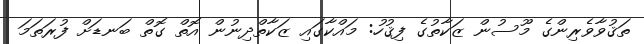
ތަޤުވާވެރިންގެ މޫސުން ޒަކާތުގެ ފިޤުހު: މައްކާގައި ޒަކާތްދިނުން އޮތް ގޮތް ބަނޑަށް ފުރަތަމަ